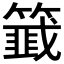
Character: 𬕵